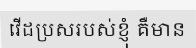
វើដប្រសរបស់ខ្ញុំ គឺមាន